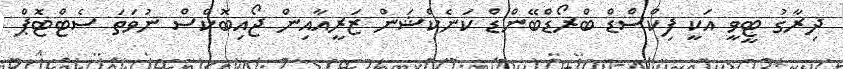
ދިރާގު ޓީވީ އަކީ ފިކްސްޑް ބްރޯޑްބޭންޑް ކަނެކްޝަން ޒަރީއާއިން ޖޯއިބޮކްސް ނުވަތަ ސެޓްޓޮޕް